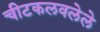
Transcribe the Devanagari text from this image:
चीटकलवलेले